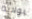
بولاية